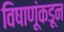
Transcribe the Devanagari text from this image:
विषाणूंकडून